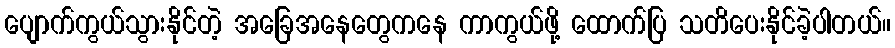
ပျောက်ကွယ်သွားနိုင်တဲ့ အခြေအနေတွေကနေ ကာကွယ်ဖို့ ထောက်ပြ သတိပေးနိုင်ခဲ့ပါတယ်။